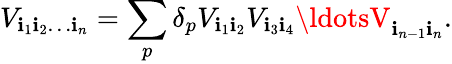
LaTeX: V_{\mathbf{i}_{1}\mathbf{i}_{2}\ldots\mathbf{i}_{n}}=\sum_{p}\delta_{p}V_{\mathbf{i}_{1}\mathbf{i}_{2}}V_{\mathbf{i}_{3}\mathbf{i}_{4}}\ldotsV_{\mathbf{i}_{n-1}\mathbf{i}_{n}}.